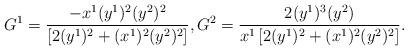
LaTeX: \begin{align*}G^1=\frac { -x^1(y^1)^2(y^2)^2}{\left[ 2(y^1)^2+(x^1)^2(y^2)^2\right] }, G^2=\frac {2(y^1)^3(y^2)}{x^1\left[ 2(y^1)^2+(x^1)^2(y^2)^2\right] }.\end{align*}